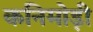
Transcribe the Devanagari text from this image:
कनिमोड़ी